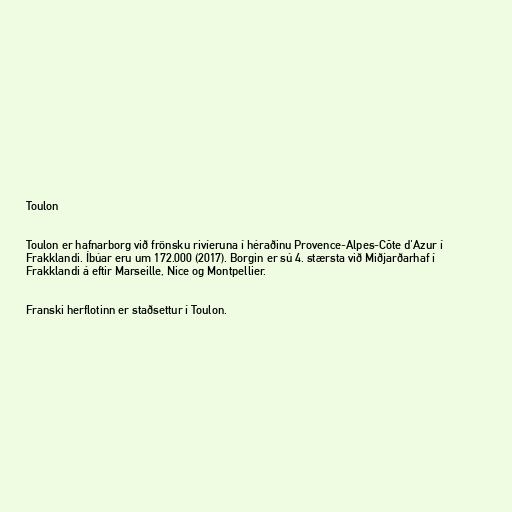
Toulon

Toulon er hafnarborg við frönsku rivíeruna í héraðinu Provence-Alpes-Côte d'Azur í
Frakklandi. Íbúar eru um 172.000 (2017). Borgin er sú 4. stærsta við Miðjarðarhaf í
Frakklandi á eftir Marseille, Nice og Montpellier.

Franski herflotinn er staðsettur í Toulon.